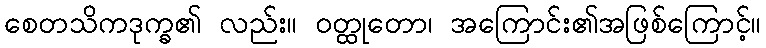
စေတသိကဒုက္ခ၏ လည်း။ ဝတ္ထုတော၊ အကြောင်း၏အဖြစ်ကြောင့်။